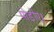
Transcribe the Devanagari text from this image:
मोड़ीए।